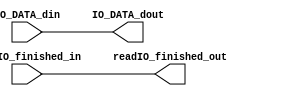
`timescale 1ns / 1ps
//////////////////////////////////////////////////////////////////////////////////
// Company: 
// Engineer: 
// 
// Design Name: 
// Module Name: BUS_CONTROL
// Project Name: 
// Target Devices: 
// Tool Versions: 
// Description: 
// 
// Dependencies: 
// 
// Revision:
// Revision 0.01 - File Created
// Additional Comments:
// 
//////////////////////////////////////////////////////////////////////////////////


module BUS_CONTROL(
    //input clk,  //100MHz
    
    input [31:0] IO_DATA_din,  //32mips
	input readIO_finished_in, //IO1CPU
                              //din0-din16I/O
	
	//output keyboard_en,
	output [31:0] IO_DATA_dout,//32mips
	//output PC_EN,
	output readIO_finished_out //IO1CPU
    );
 
    
  assign   IO_DATA_dout = IO_DATA_din;
  assign   readIO_finished_out = readIO_finished_in;
    
endmodule